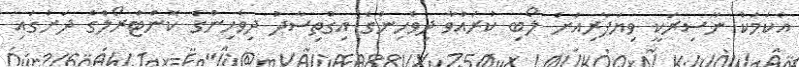
އެކަމަކު ނާސިރަކީ ވިޔަފާރިއަށް ލޯބި ކުރައްވާ ދިވެހިންގެ އިގްތިސާދު ދިވެހިންގެ ކޮންޓްރޯލްގެ ދަށުގައި